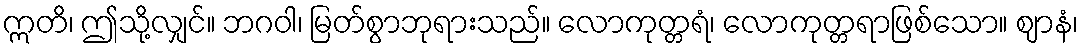
ဣတိ၊ ဤသို့လျှင်။ ဘဂဝါ၊ မြတ်စွာဘုရားသည်။ လောကုတ္တရံ၊ လောကုတ္တရာဖြစ်သော။ ဈာနံ၊